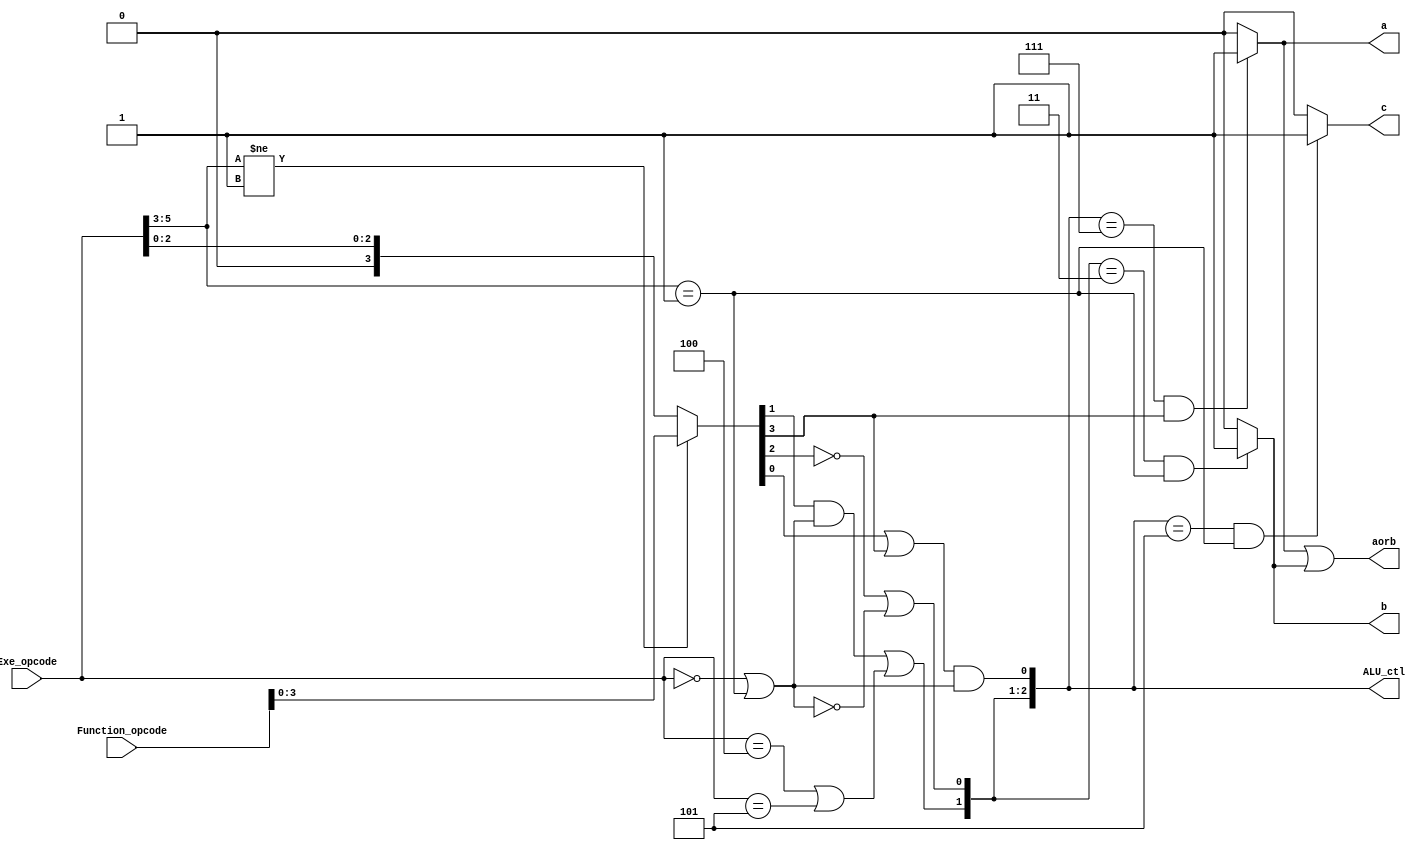
`timescale 1ns / 1ps
//////////////////////////////////////////////////////////////////////////////////
// Company: 
// Engineer: 
// 
// Design Name: 
// Module Name: demo
// Project Name: 
// Target Devices: 
// Tool Versions: 
// Description: 
// 
// Dependencies: 
// 
// Revision:
// Revision 0.01 - File Created
// Additional Comments:
// 
//////////////////////////////////////////////////////////////////////////////////


module demo(
    Function_opcode,
    Exe_opcode,
    a,
    b,
    aorb,
    c,
    ALU_ctl
    );
    input[5:0]   Function_opcode;  	// r-,r-form instructions[5:0]
    input[5:0]   Exe_opcode;          // 
    wire [1:0]  ALUOp;             // 
           // 
    assign ALUOp= {Exe_opcode==6'b000000||Exe_opcode[5:3]==3'b001,Exe_opcode==6'b000100||Exe_opcode==6'b000101}; 
    wire[5:0] Exe_code;
    output wire[2:0] ALU_ctl;
    output     a,
                b,
                aorb,
                c;
     assign Exe_code = (Exe_opcode[5:3]!=3'b001) ? Function_opcode : {3'b000,Exe_opcode[2:0]};
     assign ALU_ctl[0] = (Exe_code[0] | Exe_code[3]) & ALUOp[1];      //24H AND 
     assign ALU_ctl[1] = ((!Exe_code[2]) | (!ALUOp[1]));
     assign ALU_ctl[2] = (Exe_code[1] & ALUOp[1]) | ALUOp[0];
     assign b = (ALU_ctl[2:1]==2'b11) && (Exe_opcode[5:3]==3'b001)?1'b1:1'b0;
     assign a=((ALU_ctl==3'b111) && (Exe_code[3]==1)) ? 1'b1:1'b0;
     assign aorb = a|b;
     assign c = ((ALU_ctl==3'b101) && (Exe_opcode[5:3]==3'b001)) ? 1'b1:1'b0;
endmodule